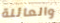
والعائلة